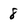
Character: 8